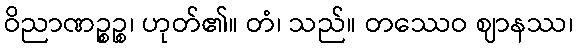
ဝိညာဏဉ္စဉ္စ၊ ဟုတ်၏။ တံ၊ သည်။ တဿေဝ ဈာနဿ၊